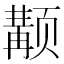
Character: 𱂴